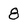
Character: 8